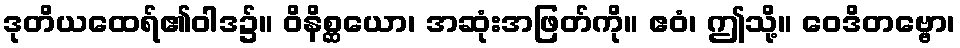
ဒုတိယထေရ်၏ဝါဒ၌။ ဝိနိစ္ဆယော၊ အဆုံးအဖြတ်ကို။ ဧဝံ၊ ဤသို့။ ဝေဒိတဗ္ဗော၊